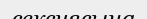
сексиясына